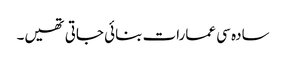
سادہ سی عمارات بنائی جاتی تھیں۔